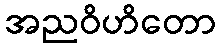
အညဝိဟိတော